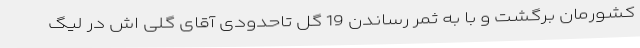
کشورمان برگشت و با به ثمر رساندن 19 گل تاحدودی آقای گلی اش در لیگ